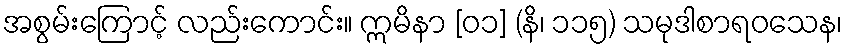
အစွမ်းကြောင့် လည်းကောင်း။ ဣမိနာ [၀၁] (နိ၊ ၁၁၅) သမုဒါစာရဝသေန၊